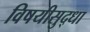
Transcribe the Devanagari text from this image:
विषयीसुद्धा